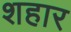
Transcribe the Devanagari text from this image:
शहार